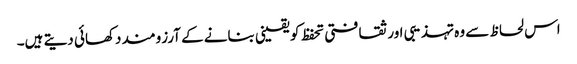
اس لحاظ سے وہ تہذیبی اور ثقافتی تحفظ کو یقینی بنانے کے آرزومند دکھائی دیتے ہیں۔